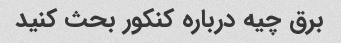
برق چیه درباره کنکور بحث کنید